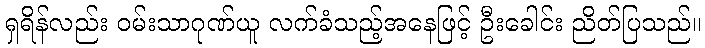
ရှရိန်လည်း ဝမ်းသာဂုဏ်ယူ လက်ခံသည့်အနေဖြင့် ဦးခေါင်း ညိတ်ပြသည်။